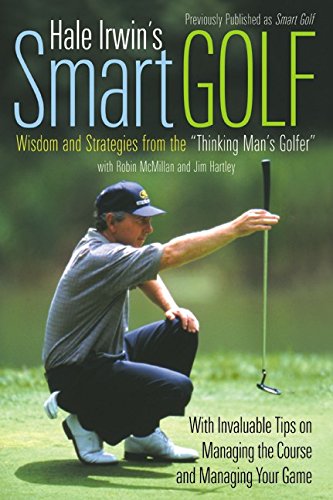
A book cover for Hale Irwin's Smart Golf: Wisdom and Strategies from the "Thinking Man's Golfer" (Harperresource Books); Hale Irwin; Sports & Outdoors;